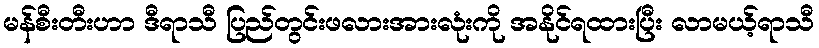
မန်စီးတီးဟာ ဒီရာသီ ပြည်တွင်းဖလားအားလုံးကို အနိုင်ရထားပြီး လာမယ့်ရာသီ